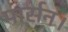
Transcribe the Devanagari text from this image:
पार्सन।